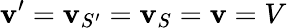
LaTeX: \mathbf{v}^{\prime}=\mathbf{v}_{S^{\prime}}=\mathbf{v}_{S}=\mathbf{v}=V